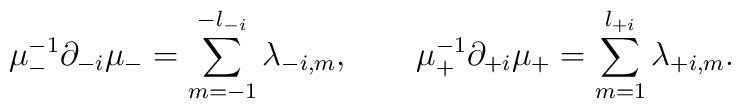
\mu^{-1}_- \partial_{-i} \mu_- = \sum_{m = -1}^{-l_{-i}} \lambda_{-i,m}, \qquad \mu^{-1}_+ \partial_{+i} \mu_+ = \sum_{m = 1}^{l_{+i}}\lambda_{+i, m}.